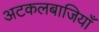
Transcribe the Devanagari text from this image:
अटकलबाजियाँ